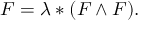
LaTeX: F = \lambda * ( F \wedge F ) .